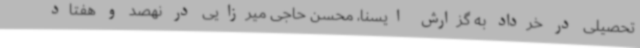
تحصیلی در خرداد به گزارش ایسنا، محسن حاجی میرزایی در نهصد و هفتاد